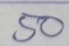
50